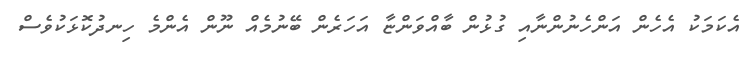
އެކަމަކު އެހެން އަންހެނުންނާއި ގުޅުން ބާއްވަންޏާ އަހަރެން ބޭނުމެއް ނޫން އެންމެ ހިނދުކޮޅަކުވެސް